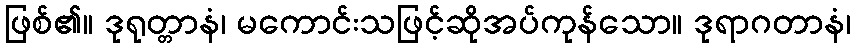
ဖြစ်၏။ ဒုရုတ္တာနံ၊ မကောင်းသဖြင့်ဆိုအပ်ကုန်သော။ ဒုရာဂတာနံ၊